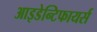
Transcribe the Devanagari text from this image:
आइडेन्टिफायर्स